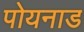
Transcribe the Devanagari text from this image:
पोयनाड